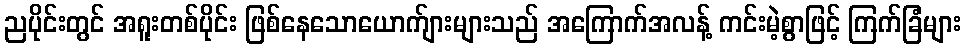
ညပိုင်းတွင် အရူးတစ်ပိုင်း ဖြစ်နေသောယောက်ျားများသည် အကြောက်အလန့် ကင်းမဲ့စွာဖြင့် ကြက်ခြံများ